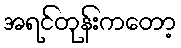
အရင်တုန်းကတော့